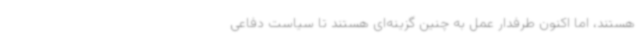
هستند، اما اکنون طرفدار عمل به چنین گزینه‌ای هستند تا سیاست دفاعی